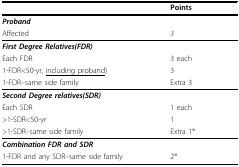
<table><thead><tr><td></td><td><b>Points</b></td></tr></thead><tbody><tr><td><i><b>Proband</b></i></td><td></td></tr><tr><td>Affected</td><td><i>3</i></td></tr><tr><td><i><b>First Degree Relatives(FDR)</b></i></td><td></td></tr><tr><td>Each FDR</td><td>3 each</td></tr><tr><td>1-FDR&lt;50-yr, <underline>including proband</underline>)</td><td>3</td></tr><tr><td>1-FDR–same side family</td><td>Extra 3</td></tr><tr><td><i><b>Second Degree relatives(SDR)</b></i></td><td></td></tr><tr><td>Each SDR</td><td>1 each</td></tr><tr><td>&gt;1-SDR&lt;50-yr</td><td>1</td></tr><tr><td>&gt;1-SDR–same side family</td><td>Extra 1*</td></tr><tr><td><i><b>Combination FDR and SDR</b></i></td><td></td></tr><tr><td>1-FDR and any SDR–same side family</td><td>2*</td></tr></tbody></table>